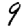
Digit: 9